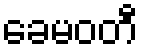
ခေမဝတီ